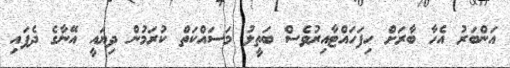
އަންބަރު އެހާ ބާރަށް ހިފަހައްޓާއިރުވެސް ބަތީލު މަސައްކަތް ކުރަމުން ދިޔައީ އޭނާގެ ދެފައި